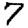
Digit: 7